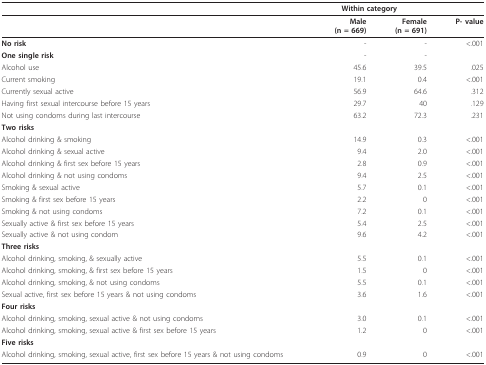
<table><thead><tr><td></td><td colspan="2"><b>Within category</b></td><td></td></tr></thead><tbody><tr><td></td><td><b>Male</b><b>(n = 669)</b></td><td><b>Female</b><b>(n = 691)</b></td><td><b>P- value</b></td></tr><tr><td><b>No risk</b></td><td>-</td><td>-</td><td>&lt;.001</td></tr><tr><td><b>One single risk</b></td><td>-</td><td>-</td><td></td></tr><tr><td>Alcohol use</td><td>45.6</td><td>39.5</td><td>.025</td></tr><tr><td>Current smoking</td><td>19.1</td><td>0.4</td><td>&lt;.001</td></tr><tr><td>Currently sexual active</td><td>56.9</td><td>64.6</td><td>.312</td></tr><tr><td>Having first sexual intercourse before 15 years</td><td>29.7</td><td>40</td><td>.129</td></tr><tr><td>Not using condoms during last intercourse</td><td>63.2</td><td>72.3</td><td>.231</td></tr><tr><td><b>Two risks</b></td><td></td><td></td><td></td></tr><tr><td>Alcohol drinking &amp; smoking</td><td>14.9</td><td>0.3</td><td>&lt;.001</td></tr><tr><td>Alcohol drinking &amp; sexual active</td><td>9.4</td><td>2.0</td><td>&lt;.001</td></tr><tr><td>Alcohol drinking &amp; first sex before 15 years</td><td>2.8</td><td>0.9</td><td>&lt;.001</td></tr><tr><td>Alcohol drinking &amp; not using condoms</td><td>9.4</td><td>2.5</td><td>&lt;.001</td></tr><tr><td>Smoking &amp; sexual active</td><td>5.7</td><td>0.1</td><td>&lt;.001</td></tr><tr><td>Smoking &amp; first sex before 15 years</td><td>2.2</td><td>0</td><td>&lt;.001</td></tr><tr><td>Smoking &amp; not using condoms</td><td>7.2</td><td>0.1</td><td>&lt;.001</td></tr><tr><td>Sexually active &amp; first sex before 15 years</td><td>5.4</td><td>2.5</td><td>&lt;.001</td></tr><tr><td>Sexually active &amp; not using condom</td><td>9.6</td><td>4.2</td><td>&lt;.001</td></tr><tr><td><b>Three risks</b></td><td></td><td></td><td></td></tr><tr><td>Alcohol drinking, smoking, &amp; sexually active</td><td>5.5</td><td>0.1</td><td>&lt;.001</td></tr><tr><td>Alcohol drinking, smoking, &amp; first sex before 15 years</td><td>1.5</td><td>0</td><td>&lt;.001</td></tr><tr><td>Alcohol drinking, smoking, &amp; not using condoms</td><td>5.5</td><td>0.1</td><td>&lt;.001</td></tr><tr><td>Sexual active, first sex before 15 years &amp; not using condoms</td><td>3.6</td><td>1.6</td><td>&lt;.001</td></tr><tr><td><b>Four risks</b></td><td></td><td></td><td></td></tr><tr><td>Alcohol drinking, smoking, sexual active &amp; not using condoms</td><td>3.0</td><td>0.1</td><td>&lt;.001</td></tr><tr><td>Alcohol drinking, smoking, sexual active &amp; first sex before 15 years</td><td>1.2</td><td>0</td><td>&lt;.001</td></tr><tr><td><b>Five risks</b></td><td></td><td></td><td></td></tr><tr><td>Alcohol drinking, smoking, sexual active, first sex before 15 years &amp; not using condoms</td><td>0.9</td><td>0</td><td>&lt;.001</td></tr></tbody></table>